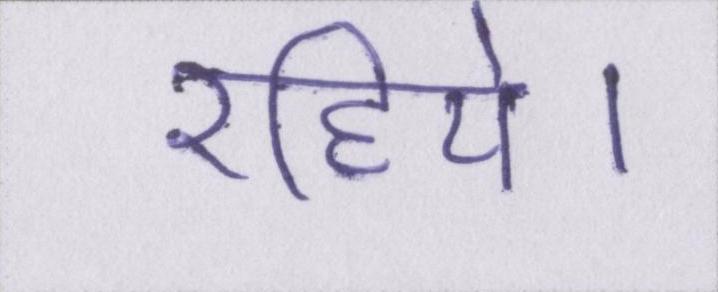
रहिये।